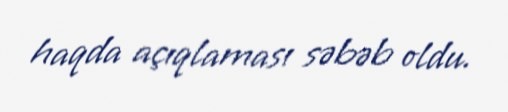
haqda açıqlaması səbəb oldu.